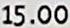
15.00